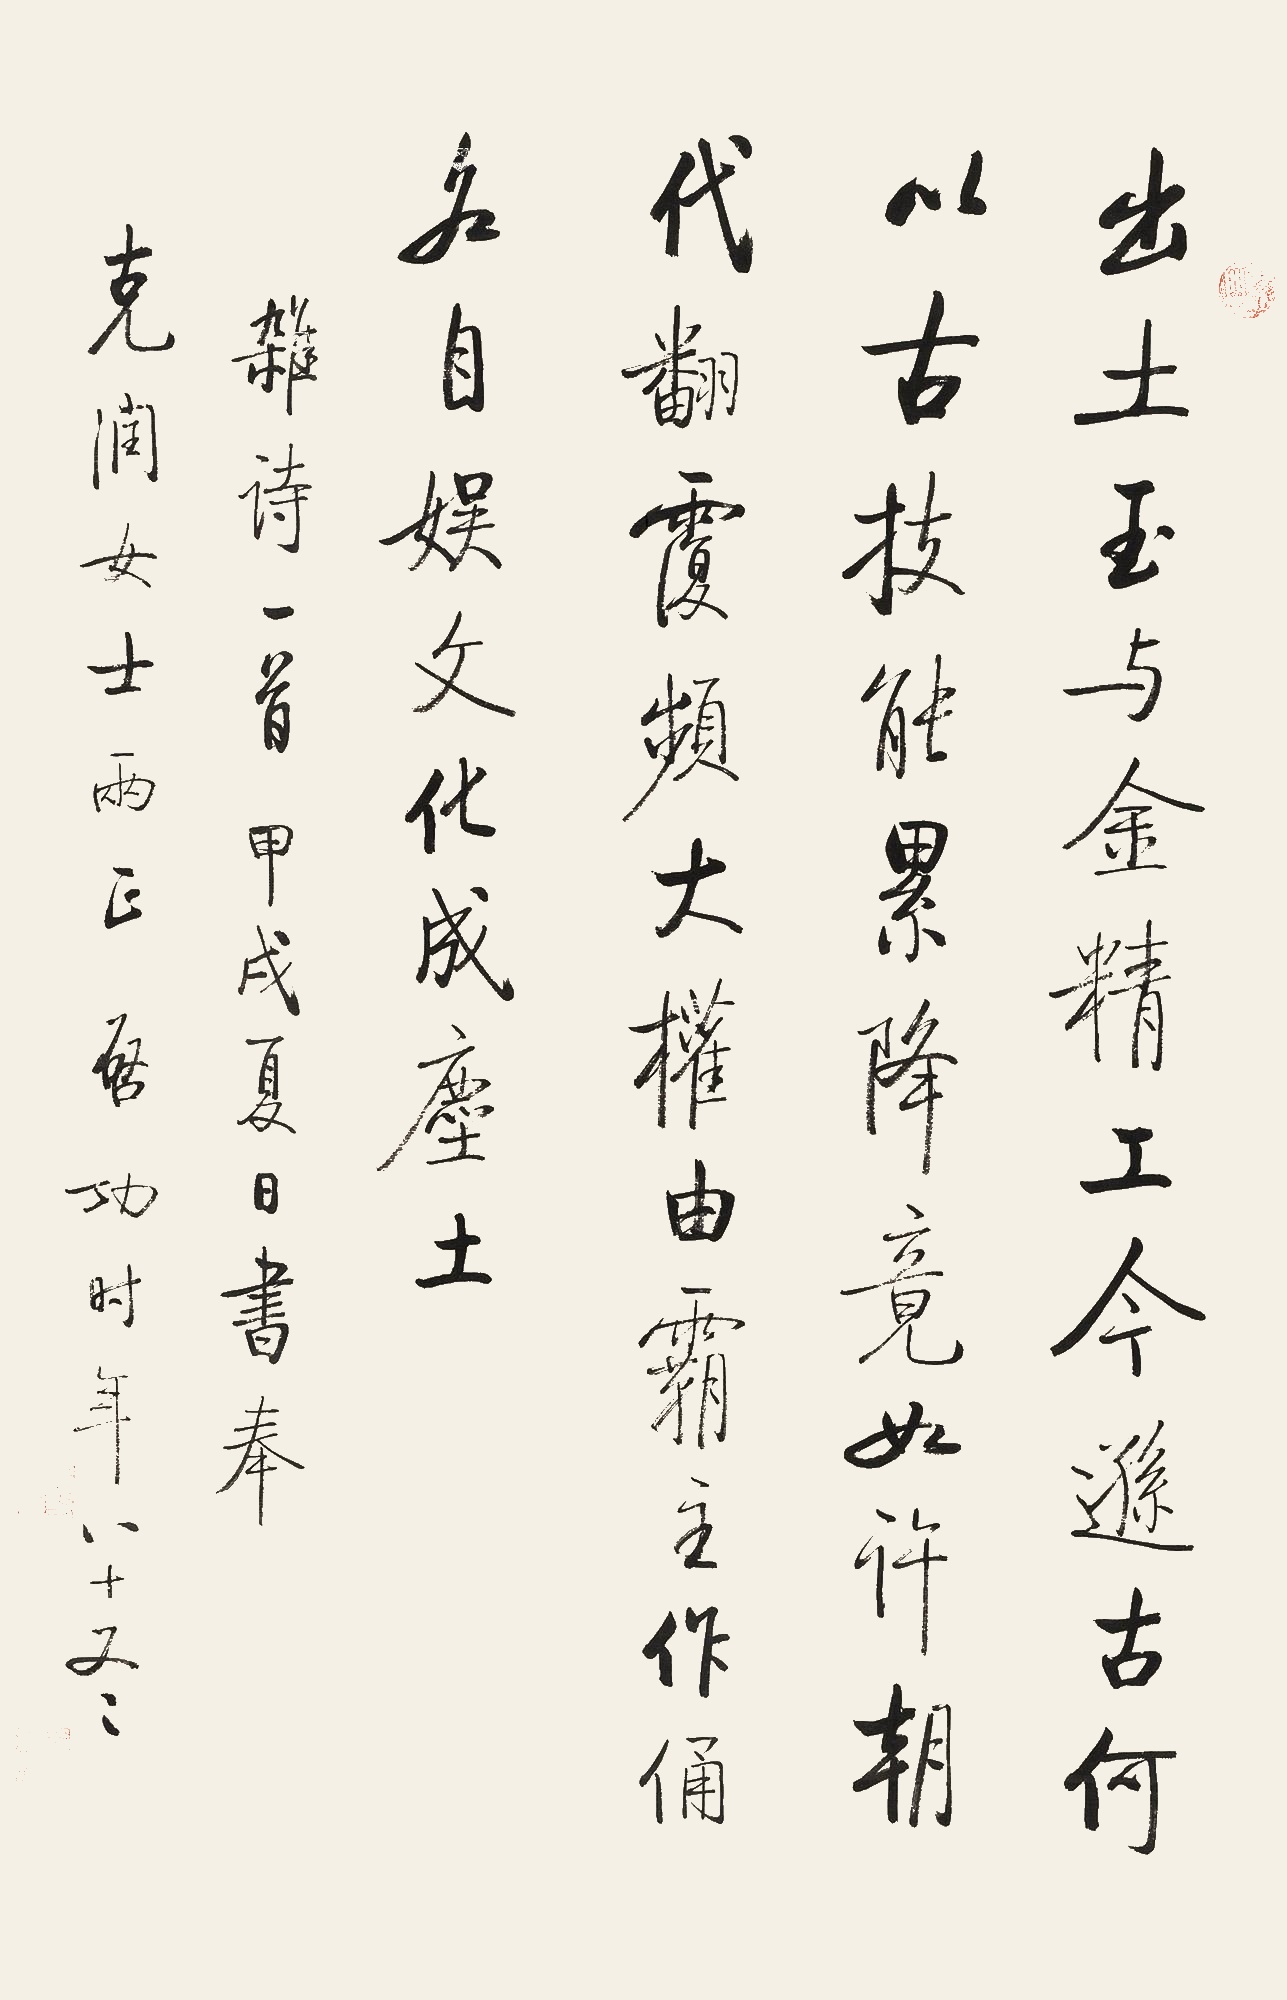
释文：出土玉与金，精工今逊古，何以古技能，累降竟如许？朝代翻覆频，大权由霸主，作俑各自娱，文化成尘土。杂诗一首。甲戌夏日，书奉克润女士两正。启功时年八十又二。